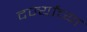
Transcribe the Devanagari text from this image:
दर्ज्यांच्या